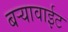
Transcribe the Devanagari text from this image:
बर्‍यावाईट